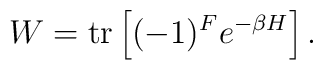
W = \hbox{tr}\left[(-1)^F e^{-\beta H}\right].